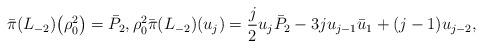
LaTeX: \begin{gather*}\bar{\pi}(L_{-2})\big(\rho_0^2\big)=\bar{P}_2,\rho_0^2\bar{\pi}(L_{-2})(u_j)=\frac{j}{2}u_j\bar{P}_2-3ju_{j-1}\bar{u}_1+(j-1)u_{j-2},\end{gather*}